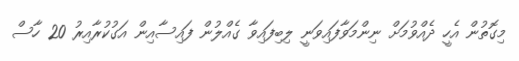
މިގޮތުން އެހީ ދެއްވުމަށް ނިންމަވާފައިވަނީ ލިބިފައިވާ ގެއްލުން ފައިސާއިން އަގުކުރާއިރު 20 ހާސް